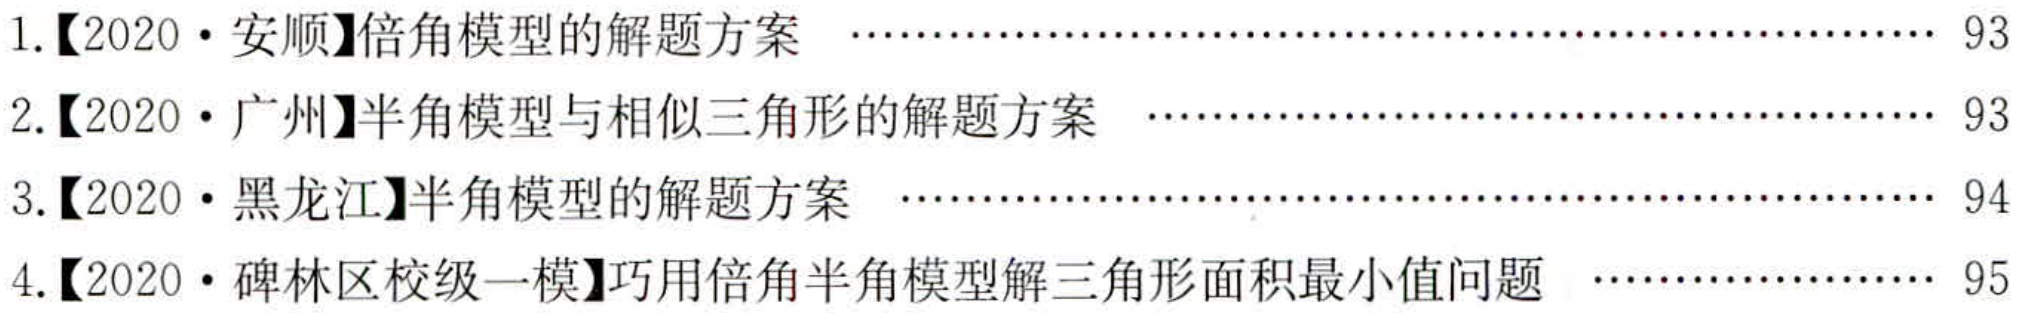
1.【2020·安顺】倍角模型的解题方案 \hfill 93
2.【2020·广州】半角模型与相似三角形的解题方案 \hfill 93
3.【2020·黑龙江】半角模型的解题方案 \hfill 94
4.【2020·碑林区校级一模】巧用倍角半角模型解三角形面积最小值问题 \hfill 95